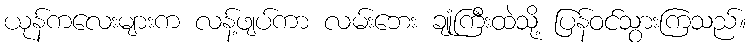
ယုန်ကလေးများက လန့်ဖျပ်ကာ လမ်းဘေး ချုံကြီးထဲသို့ ပြန်ဝင်သွားကြသည်။